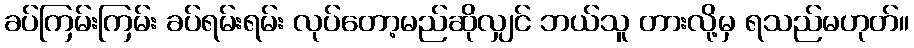
ခပ်ကြမ်းကြမ်း ခပ်ရမ်းရမ်း လုပ်တော့မည်ဆိုလျှင် ဘယ်သူ တားလို့မှ ရသည်မဟုတ်။